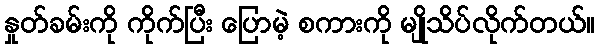
နှုတ်ခမ်းကို ကိုက်ပြီး ပြောမဲ့ စကားကို မျိုသိပ်လိုက်တယ်။